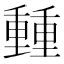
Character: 𨤶